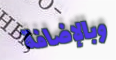
وبالإضافة